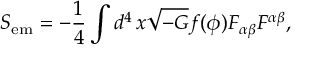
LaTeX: S _ { \mathrm { e m } } = - \frac { 1 } { 4 } \int d ^ { 4 } \, x \sqrt { - G } f ( \phi ) F _ { \alpha \beta } F ^ { \alpha \beta } ,